Indian journal of veterinary science and animal husbandry - Volume 2,
Year: 1932
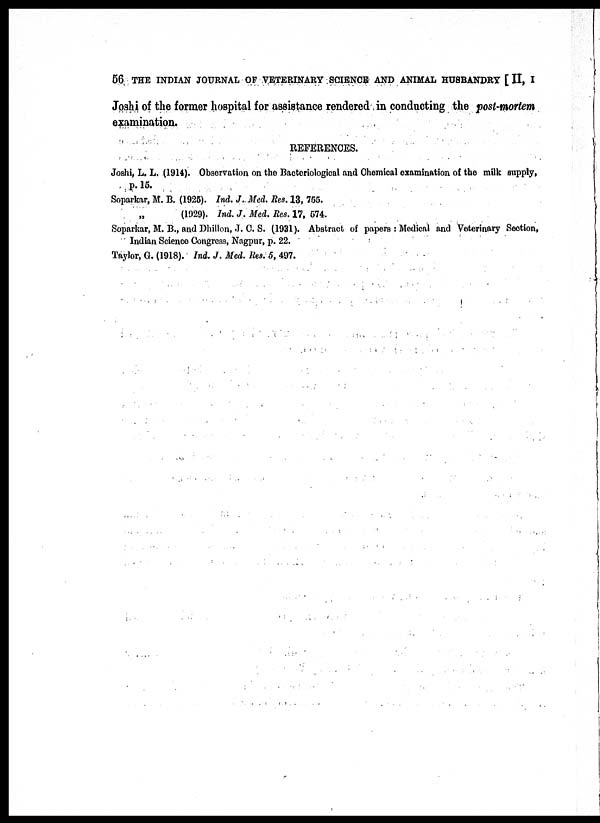
56 THE INDIAN JOURNAL OF VETERINARY SCIENCE AND ANIMAL HUSBANDRY [ II, I
Joshi of the former hospital for assistance rendered in conducting the post-mortem
examination.
REFERENCES.
Joshi, L. L. (1914). Observation on the Bacteriological and Chemical examination of the milk supply,
p. 15.
Soparkar, M. B. (1925). Ind. J. Med. Res. 13, 755.
„
(1929). Ind. J. Med. Res. 17, 574.
Soparkar, M. B., and Dhillon, J. C. S. (1931). Abstract of papers : Medical and Veterinary Section,
Indian Science Congress, Nagpur, p. 22.
Taylor, G. (1918). Ind. J. Med. Res. 5, 497.